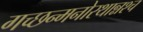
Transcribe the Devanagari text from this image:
गच्छन्मनोरथान्नश्च